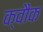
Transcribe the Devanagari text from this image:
क्वौक